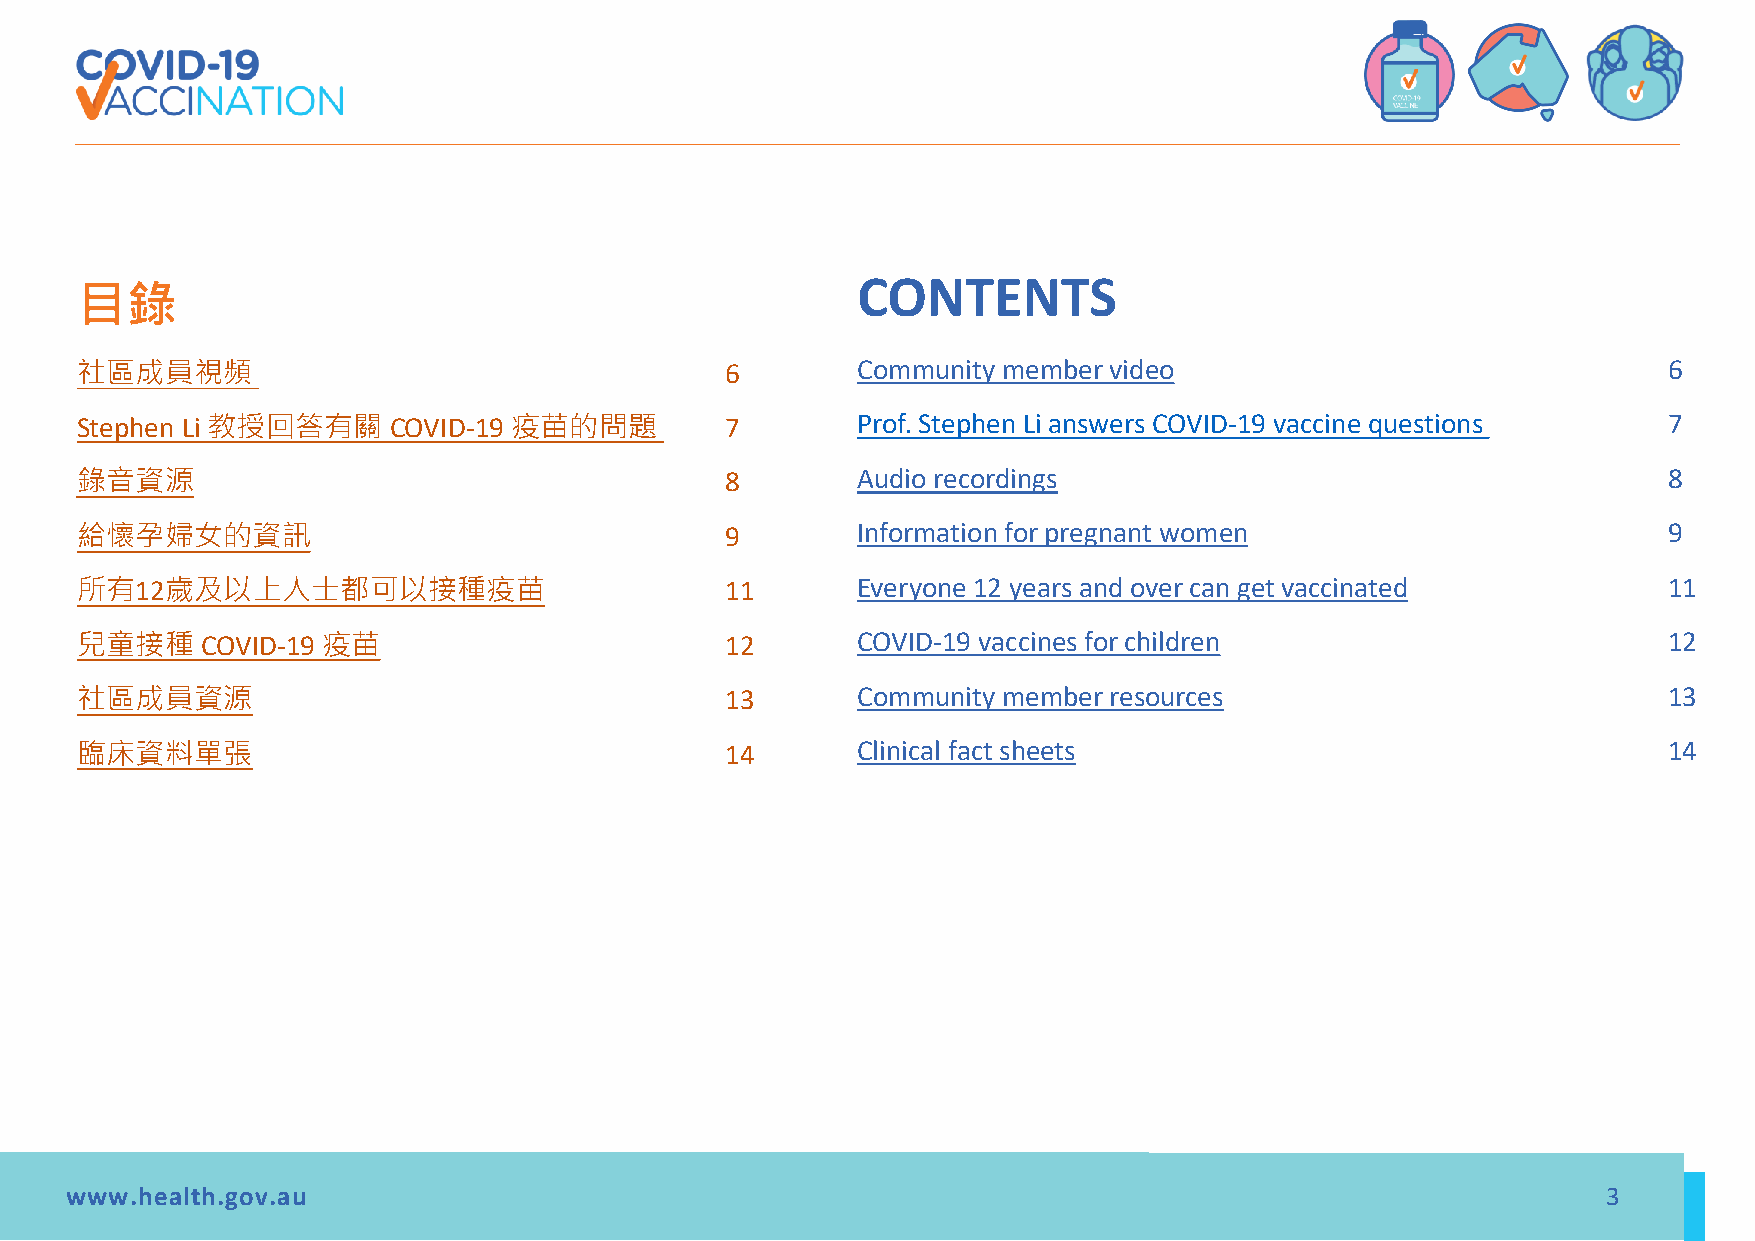
目錄                                                  CONTENTS
 社區成員視頻                                     6        Community member video                               6
 Stephen Li 教授回答有關    COVID-19 疫苗的問題        7        Prof. Stephen Li answers COVID-19 vaccine questions  7
 錄音資源                                       8        Audio recordings                                     8
 給懷孕婦女的資訊                                   9        Information for pregnant women                       9
 所有12歲及以上人士都可以接種疫苗                          11       Everyone 12 years and over can get vaccinated        11
 兒童接種    COVID-19 疫苗                        12       COVID-19 vaccines for children                       12
 社區成員資源                                     13       Community member resources                           13
 臨床資料單張                                     14       Clinical fact sheets                                 14
 www.health.gov.au                                                                                     3